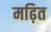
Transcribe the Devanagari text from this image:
मढ़ित